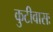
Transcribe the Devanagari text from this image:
कुटीवासः